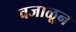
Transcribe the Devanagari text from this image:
वजाळून